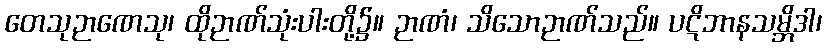
တေသုဉာဏေသု၊ ထိုဉာဏ်သုံးပါးတို့၌။ ဉာဏံ၊ သိသောဉာဏ်သည်။ ပဋိဘာနသမ္ဘိဒါ၊